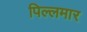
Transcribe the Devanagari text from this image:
पिल्लमार